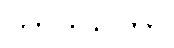
တာဒိသကာ